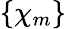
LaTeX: \left\{ \chi_{m}\right\}